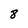
Character: 8